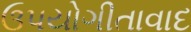
ઉપયોગીતાવાદ